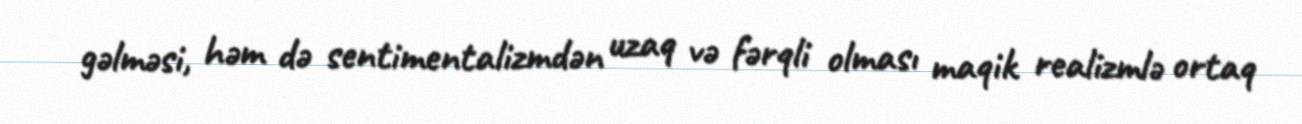
gəlməsi, həm də sentimentalizmdən uzaq və fərqli olması maqik realizmlə ortaq